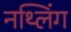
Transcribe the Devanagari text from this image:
नथ्लिंग